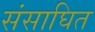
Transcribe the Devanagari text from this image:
संसाघित